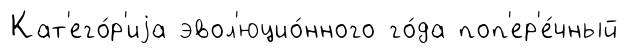
Кат'его́р'иjа эвол'юцио́нного го́да поп'ер'е́чный